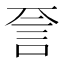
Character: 𬢝